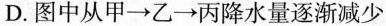
D.图中从甲\longrightarrow乙\longrightarrow丙降水量逐渐减少